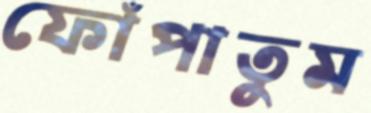
ফোঁপাতুম